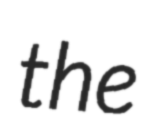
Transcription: the